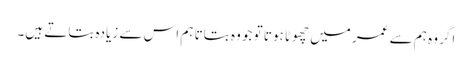
اگر وہ ہم سے عمر میں چھوٹا ہوتا تو جو وہ بتاتا ہم اس سے زیادہ بتاتے ہیں۔